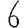
Digit: 6